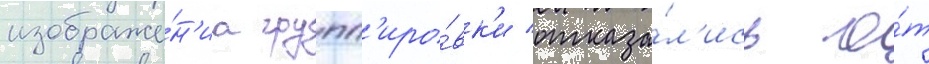
изображе́н'иа групп'иро́вк'и отказа́л'ись о́т